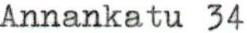
Annankatu 34